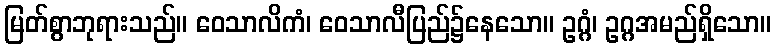
မြတ်စွာဘုရားသည်။ ဝေသာလိကံ၊ ဝေသာလီပြည်၌နေသော။ ဥဂ္ဂံ၊ ဥဂ္ဂအမည်ရှိသော။